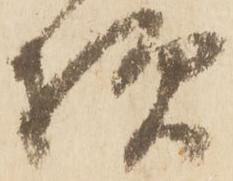
様